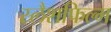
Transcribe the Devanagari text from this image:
स्लैशफिल्म